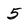
Character: 5